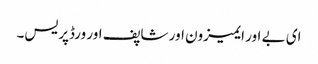
ای بے اور ایمیزون اور شاپف اور ورڈپریس۔